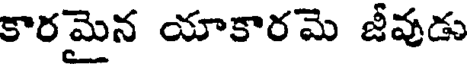
కారమైన యాకారమె జీవుడు